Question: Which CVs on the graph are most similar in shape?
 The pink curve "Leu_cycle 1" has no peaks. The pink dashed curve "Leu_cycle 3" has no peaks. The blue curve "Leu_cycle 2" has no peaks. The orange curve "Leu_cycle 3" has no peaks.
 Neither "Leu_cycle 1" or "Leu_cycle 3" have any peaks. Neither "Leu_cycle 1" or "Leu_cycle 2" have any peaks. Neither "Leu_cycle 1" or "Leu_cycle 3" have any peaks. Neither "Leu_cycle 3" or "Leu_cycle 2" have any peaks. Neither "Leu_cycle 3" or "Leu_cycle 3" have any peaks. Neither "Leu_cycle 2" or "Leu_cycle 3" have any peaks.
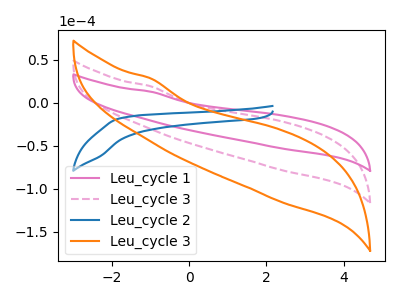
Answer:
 <answer>"Leu_cycle 1", "Leu_cycle 3", "Leu_cycle 2" and "Leu_cycle 3" have the same shape and are likely CV's of the same chemical.</answer>
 <eval>"Leu_cycle 1" "Leu_cycle 3" "Leu_cycle 2" "Leu_cycle 3"</eval>